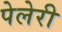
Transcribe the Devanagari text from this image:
पेलेरी